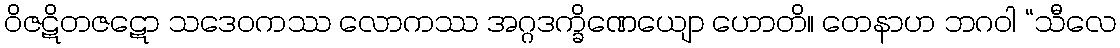
ဝိဇဋိတဇဋော သဒေဝကဿ လောကဿ အဂ္ဂဒက္ခိဏေယျော ဟောတိ။ တေနာဟ ဘဂဝါ “သီလေ